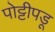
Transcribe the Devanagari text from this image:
पोट्टीपडू